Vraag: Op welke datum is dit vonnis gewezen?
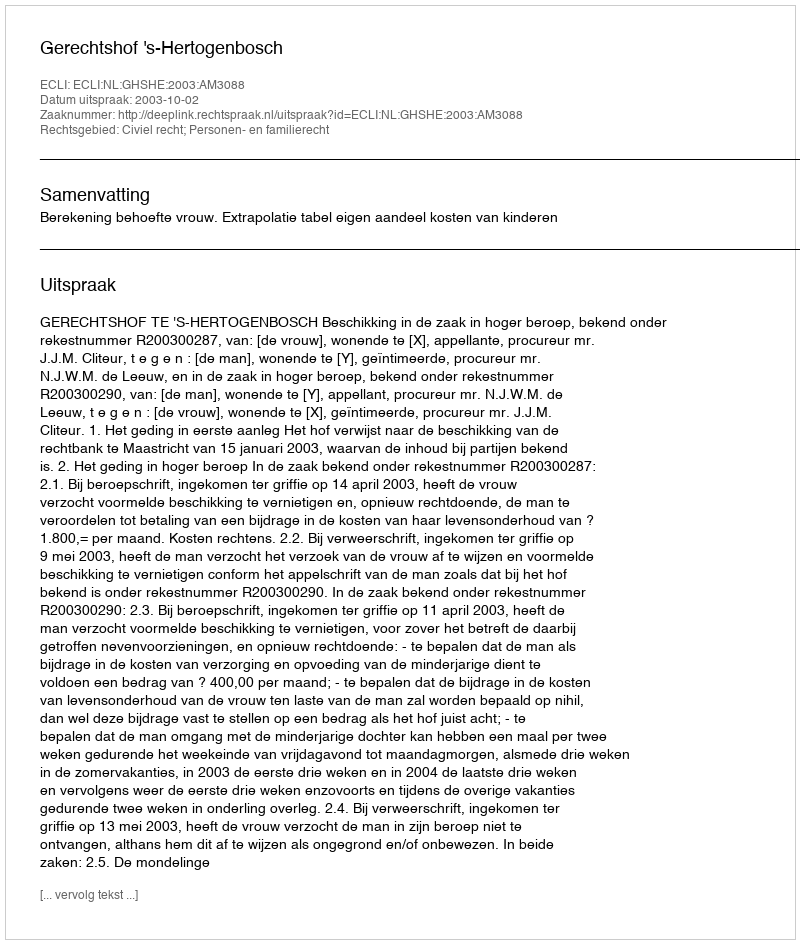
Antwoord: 2003-10-02